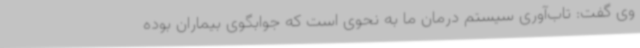
وی گفت: تاب‌آوری سیستم درمان ما به نحوی است که جوابگوی بیماران بوده